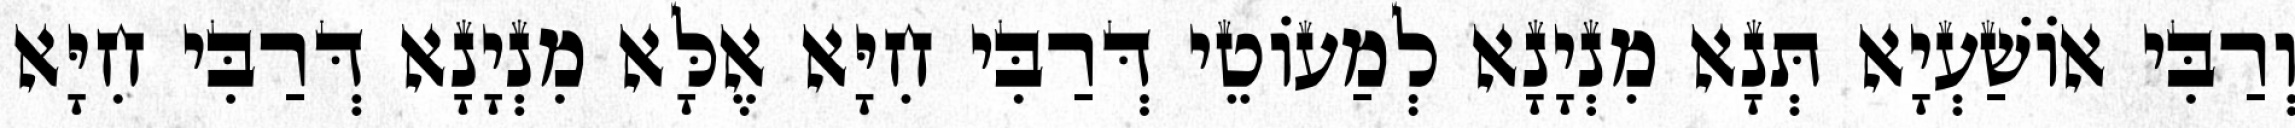
וְרַבִּי אוֹשַׁעְיָא תְּנָא מִנְיָנָא לְמַעוֹטֵי דְּרַבִּי חִיָּא אֶלָּא מִנְיָנָא דְּרַבִּי חִיָּא